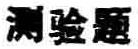
测验题